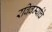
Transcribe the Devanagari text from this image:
रविवर्म्याचे